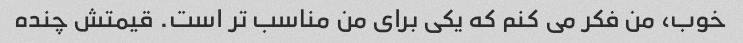
خوب، من فکر می کنم که یکی برای من مناسب تر است. قیمتش چنده